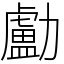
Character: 㔧